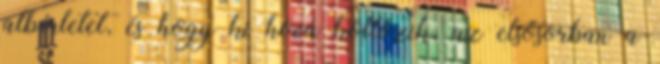
albérletet, és hogy ki hová költözik, az elsősorban a